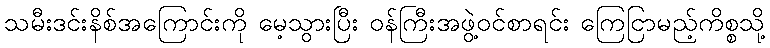
သမီးဒင်းနိစ်အကြောင်းကို မေ့သွားပြီး ဝန်ကြီးအဖွဲ့ဝင်စာရင်း ကြေငြာမည့်ကိစ္စသို့